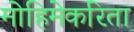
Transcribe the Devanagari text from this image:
मोहिमेकरिता